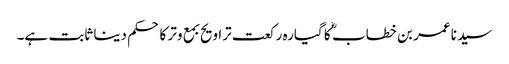
سید نا عمر بن خطاب ؓ کا گیارہ رکعت تراویح بمع وتر کا حکم دینا ثابت ہے۔